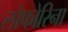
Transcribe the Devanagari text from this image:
लोफोरिना